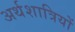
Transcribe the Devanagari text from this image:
अर्थशात्रियों